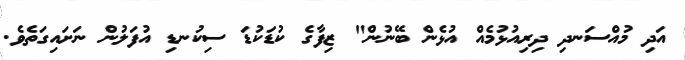
އަދި މުއްސަނދި ދިރިއުޅުމެއް އުޅެން ބޭނުން" ޒިފާގެ ކުޑަކުޑަ ސިކުނޑި އުފަލުން ނަށައިގަތެވެ.